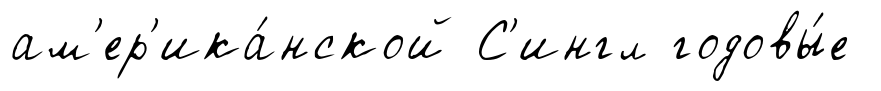
ам'ер'ика́нской С'ингл годовы́е